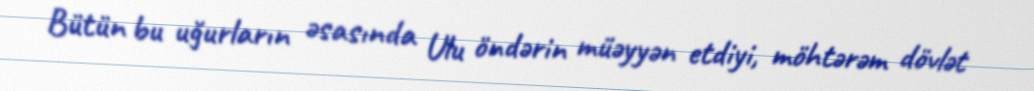
Bütün bu uğurların əsasında Ulu öndərin müəyyən etdiyi, möhtərəm dövlət